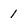
Character: 1